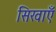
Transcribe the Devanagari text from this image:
सिखाएँ